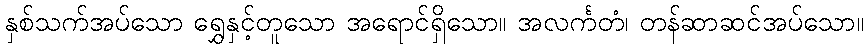
နှစ်သက်အပ်သော ရွှေနှင့်တူသော အရောင်ရှိသော။ အလင်္ကတံ၊ တန်ဆာဆင်အပ်သော။